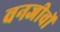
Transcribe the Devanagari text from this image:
वनजीवों